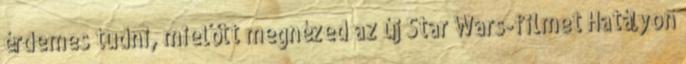
érdemes tudni, mielőtt megnézed az új Star Wars-filmet Hatályon